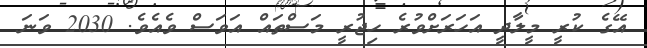
އޭގެ ކުރީ މީލާދީ އަހަރަށްވުރެ ހިޖުރީ މަސްތައް އަވަސް ވެއެވެ. 2030 ވަނަ